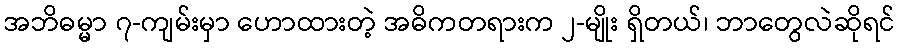
အဘိဓမ္မာ ၇-ကျမ်းမှာ ဟောထားတဲ့ အဓိကတရားက ၂-မျိုး ရှိတယ်၊ ဘာတွေလဲဆိုရင်